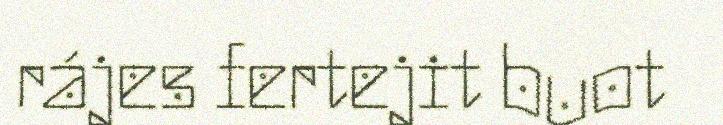
rájes fertejit buot